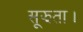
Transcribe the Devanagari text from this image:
सूझता।